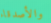
والأصدقاء